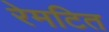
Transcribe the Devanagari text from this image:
रेमटित